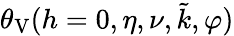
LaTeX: \theta_{\mathrm{V}}(h=0,\eta,\nu,\tilde{k},\varphi)